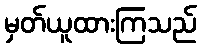
မှတ်ယူထားကြသည်